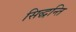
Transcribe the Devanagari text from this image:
सिद्धन्ति